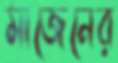
মাজেনের